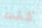
كنت